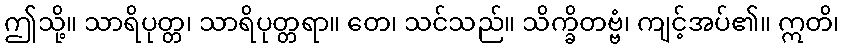
ဤသို့။ သာရိပုတ္တ၊ သာရိပုတ္တရာ။ တေ၊ သင်သည်။ သိက္ခိတဗ္ဗံ၊ ကျင့်အပ်၏။ ဣတိ၊